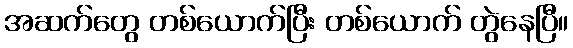
အဆက်တွေ တစ်ယောက်ပြီး တစ်ယောက် တွဲနေပြီ။